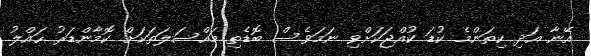
އޭނާ އަދި ކިތަންމެ ކުޑަ ކުއްޖަކަށްވި ނަމަވެސް ބޮޑެތި މައްސަލަތަކަށް ކޮމާންޑަރު ހައްލު